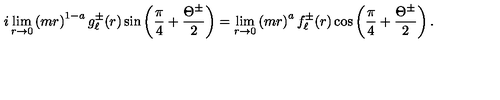
i \lim _ { r \rightarrow 0 } \left( m r \right) ^ { 1 - a } g _ { \ell } ^ { \pm } ( r ) \sin \left( \frac { \pi } { 4 } + \frac { \Theta ^ { \pm } } { 2 } \right) = \lim _ { r \rightarrow 0 } \left( m r \right) ^ { a } f _ { \ell } ^ { \pm } ( r ) \cos \left( \frac { \pi } { 4 } + \frac { \Theta ^ { \pm } } { 2 } \right) .